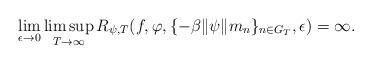
LaTeX: \begin{align*}\lim \limits_{\epsilon\rightarrow 0}\limsup \limits_{T \rightarrow\infty}R_{\psi ,T}(f,\varphi,\{-\beta \|\psi\| m_n\}_{n\in G_T},\epsilon)=\infty.\end{align*}